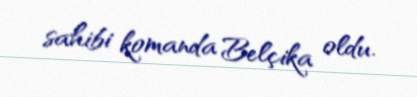
sahibi komanda Belçika oldu.